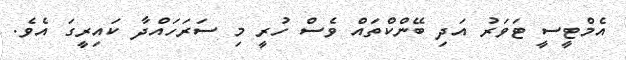
އެމްޓީސީ ޓަވަރު އަދި ބޭންކްތައް ވެސް ހުރީ މި ސަރަހައްދާ ކައިރީގަ އެވެ.